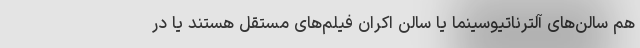
هم سالن‌های آلترناتیوسینما یا سالن اکران فیلم‌های مستقل هستند یا در